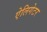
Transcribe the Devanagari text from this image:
ऐलिगेटर